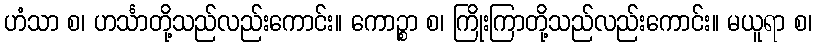
ဟံသာ စ၊ ဟင်္သာတို့သည်လည်းကောင်း။ ကောဉ္စာ စ၊ ကြိုးကြာတို့သည်လည်းကောင်း။ မယူရာ စ၊